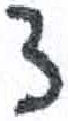
אות: צ